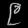
Digit: ၉